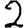
Digit: 2